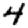
Digit: 4